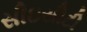
સીઇસીટી